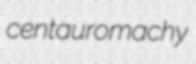
centauromachy